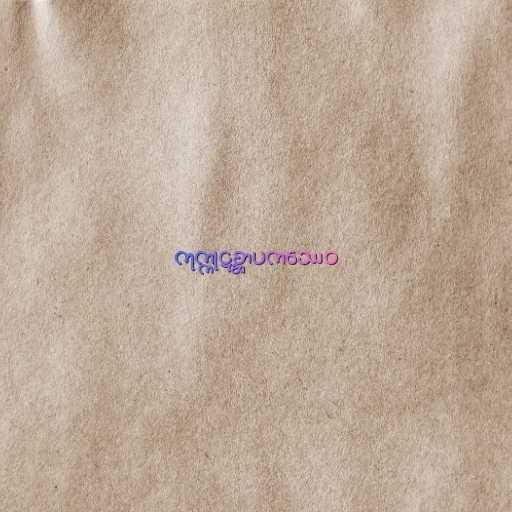
ကုက္ကုဋစ္ဆာပကဿေဝ